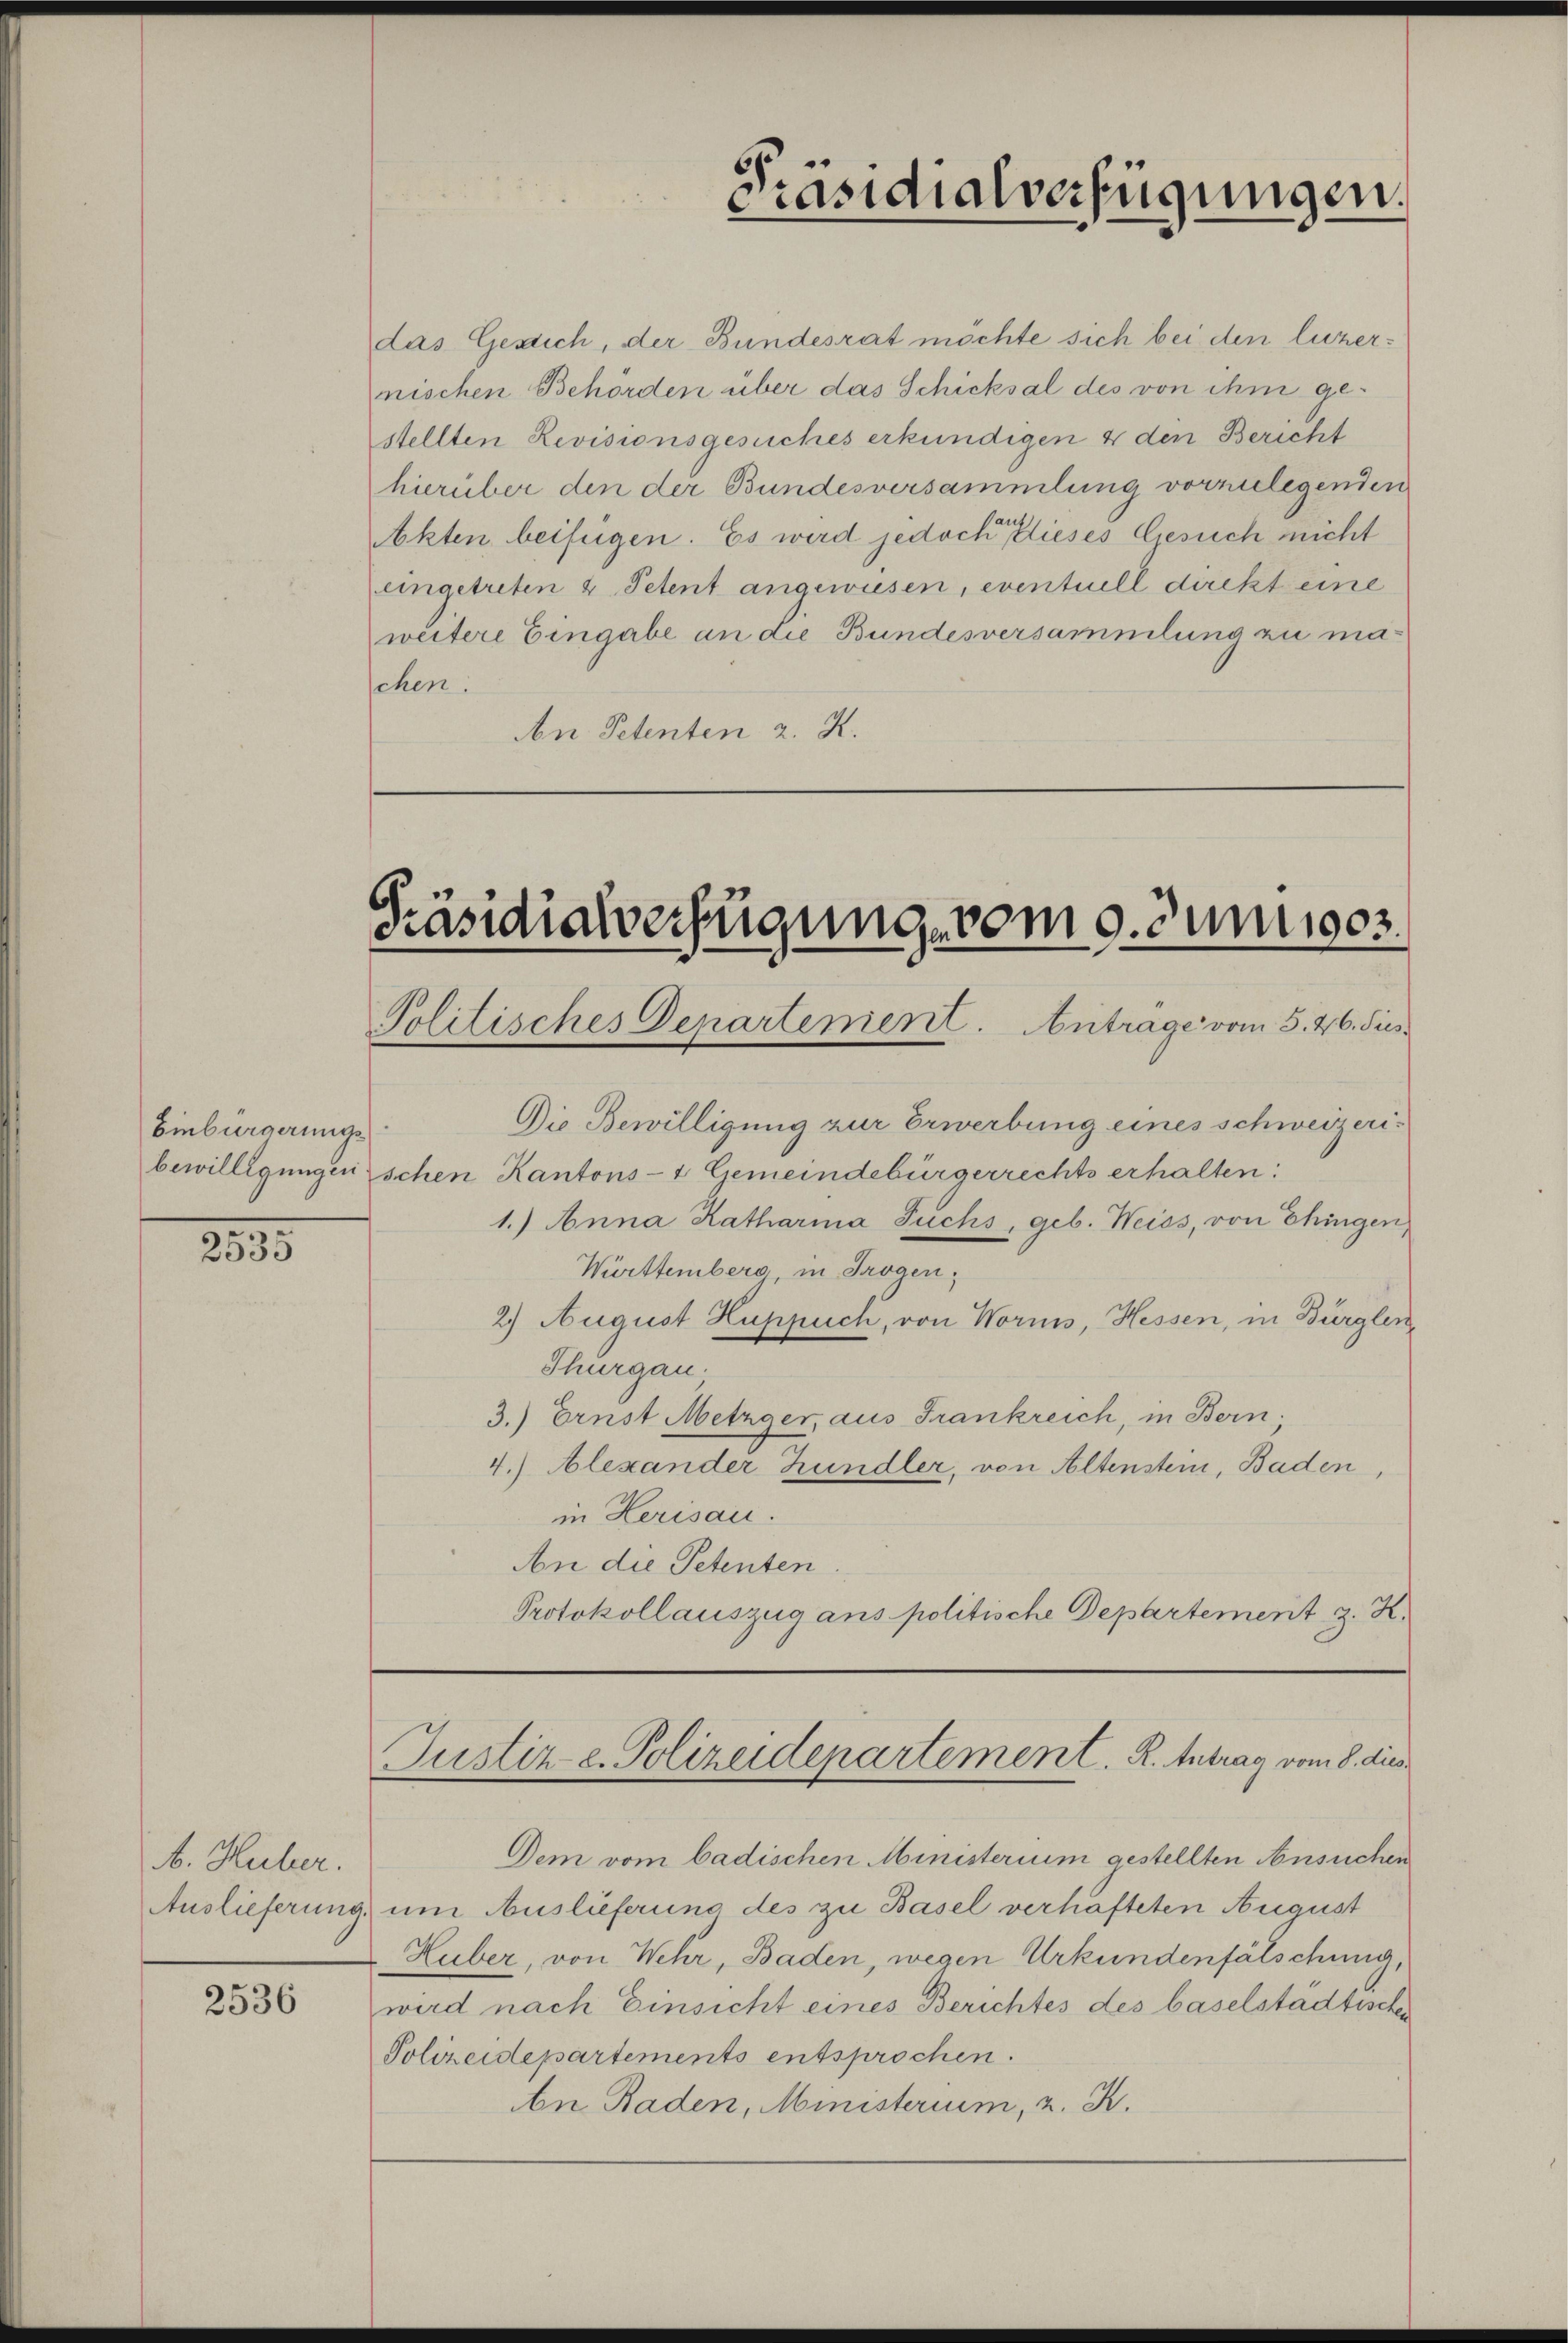
Einbürgerungs

2335

b. Huber.
2536

das Gesich, der Bundesrat möchte sich bei den luzernischen Behörden über das Schicksal des von ihm gestellten Revisionsgesuches erkundigen u den Bericht
hierüber den der Bundesversammlung vorzulegenden
Akten beifügen. Es wird jedoch dieses Gesuch nicht
eingetreten 4 Petent angewiesen, eventuell deckt eine
weitere Eingabe an die Bundesversammlung zu machen.
An Petenten 2. K.

Präsidialverfügung vom 9. Junises.
Politisches Departement. Antrage vom 5. 26. Jus

5
räsidialverfügungen.

Die Bewilligung zur Erwerbung eines schweizeribewilligungenschen Kantons- & Gemeindebürgerrechts erhalten:
1.) Anna Katharina Fuchs, geb. Weiss, von Chingen
Württemberg, in Trogen;
2) August Huppuch, von Wornis, Hessen, in Bürglen,
Thurgau.
3.) Ernst Metzger, aus Frankreich, in Bern,
4.) Alexander Hundler, von Altenstein, Baden,
in Herisau.
An die Petenten
Protokollauszug ans politische Departement z. K.

Justiz e. Polizeidepartement. R. Antrag vom 8. dies

Dem vom badischen Ministerium gestellten Ansuchen
Auslieferung um Auslieferung des zu Basel verhäfteten August
Huber, von Wehr, Baden, wegen Urkundenfälschung,
wird nach Einsicht eines Berichtes des baselstädtischen
Polizeidepartements entsprochen.
An Baden, Ministerium, 2. K.